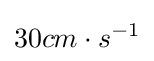
30cm\cdot s^{-1}